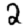
Digit: 2